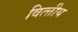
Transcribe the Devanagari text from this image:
वित्त्तीय